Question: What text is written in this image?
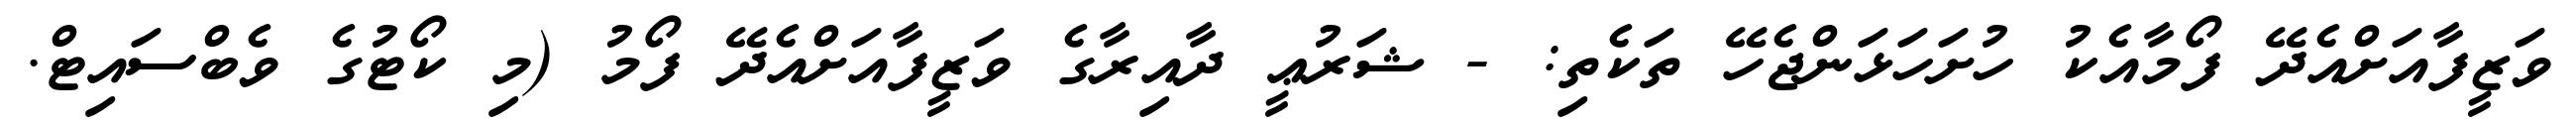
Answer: ވަޒީފާއަށްއެދޭ ފޯމާއެކު ހުށަހަޅަންޖެހޭ ތަކެތި: - ޝަރުޢީ ދާއިރާގެ ވަޒީފާއަށްއެދޭ ފޯމު (މި ކޯޓުގެ ވެބްސައިޓް.